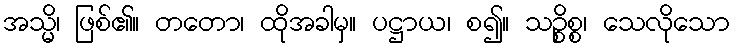
အသ္မိ၊ ဖြစ်၏။ တတော၊ ထိုအခါမှ။ ပဋ္ဌာယ၊ စ၍။ သဉ္စိစ္စ၊ သေလိုသော